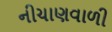
નીચાણવાળી